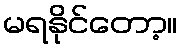
မရနိုင်တော့။